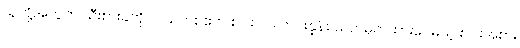
သူတို့အတွက် သီးစားခကို လယ်တစ်ဧက စပါး ၁၁ တင်းနှုန်း သတ်မှတ်ထားပေမယ့် စပါးအစား